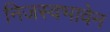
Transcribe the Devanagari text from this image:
निजस्वभावेन